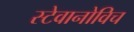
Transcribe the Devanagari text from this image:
स्टेवानोविच